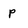
Character: p